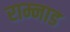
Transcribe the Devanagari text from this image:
राम्नाड